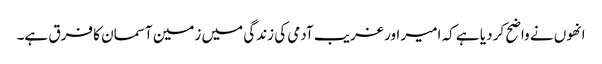
انھوں نے واضح کر دیا ہے کہ امیر اور غریب آدمی کی زندگی میں زمین آسمان کا فرق ہے۔